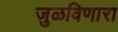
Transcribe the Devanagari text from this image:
जुळविणारा